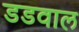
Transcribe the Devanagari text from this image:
डडवाल